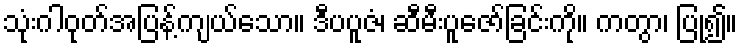
သုံးဂါဝုတ်အပြန့်ကျယ်သော။ ဒီပပူဇံ၊ ဆီမီးပူဇော်ခြင်းကို။ ကတွာ၊ ပြု၍။